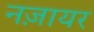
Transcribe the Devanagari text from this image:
नज़ायर